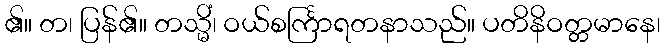
၏။ တ၊ ပြန်၏။ တသ္မိံ၊ ဝယ်စင်္ကြာရတနာသည်။ ပတိနိဝတ္တမာနေ၊